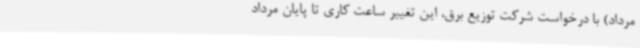
مرداد) با درخواست شرکت توزیع برق، این تغییر ساعت کاری تا پایان مرداد